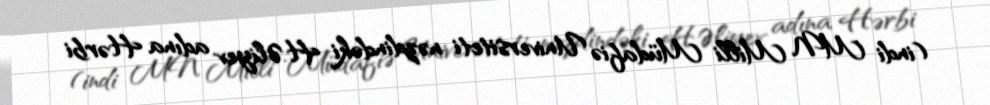
(indi MN Milli Müdafiə Universiteti nəzdindəki H.Əliyev adına Hərbi